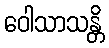
ဝေါသာသန္တိ